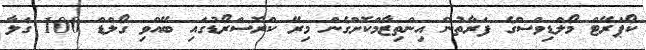
ކޯޕަރޭޓް މޯލްޑިވްސްގެ ފަރާތުން އިންތިޒާމްކޮށްގެން މިރޭ ކްރޮސްރޯޑުގައި ބޭއްވި ގޯލްޑް 100 ގަލާ